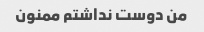
من دوست نداشتم ممنون